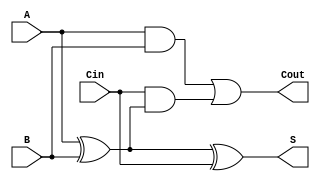
`timescale 1ns / 1ps

//adder with carry in

module fullbit(
    input A,
    input B,
    input Cin,
    output S,
    output Cout
    );
    
    assign S = A^B^Cin; //LSB logic
    assign Cout = (A & B) | ( Cin & ( A ^ B ) ); // Carry out logic
    
endmodule